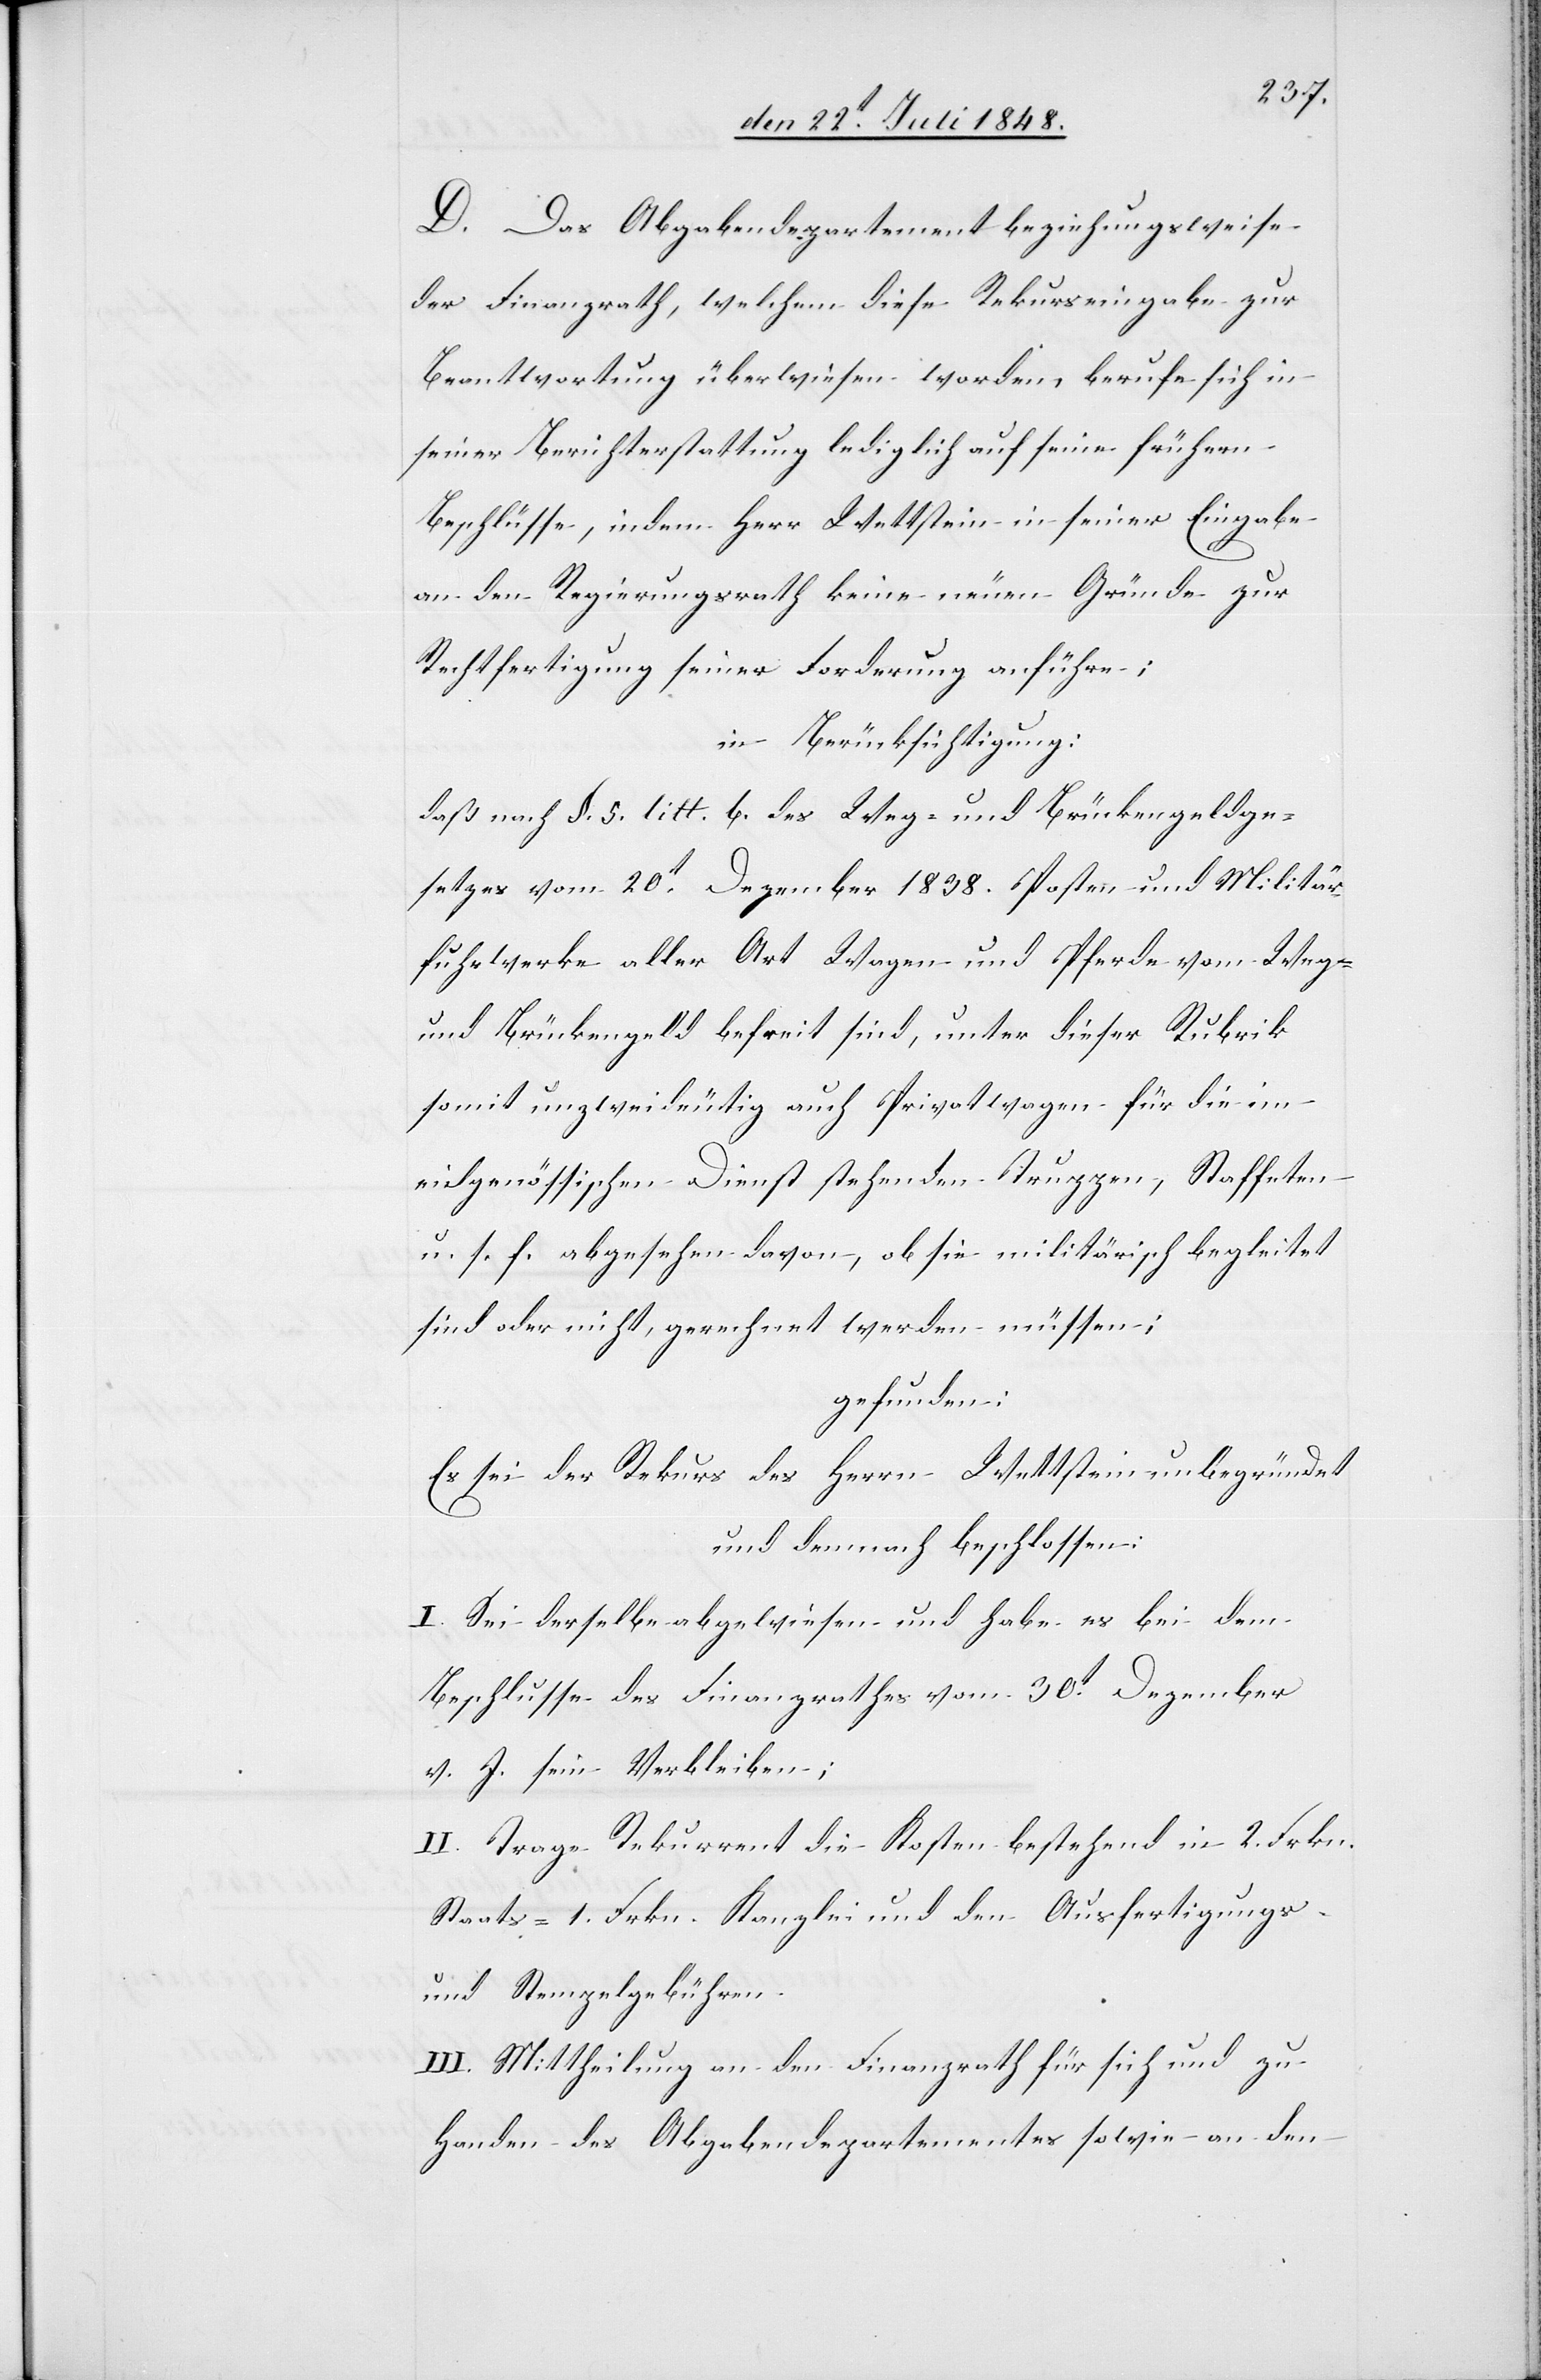
D. Das Abgabendepartement beziehungsweise
der Finanzrath, welchem diese Rekurseingabe zur
Beantwortung überwiesen worden, berufe sich in
seiner Berichterstattung lediglich auf seine frühern
Beschlüsse, indem Herr Wettstein in seiner Eingabe
an den Regierungsrath keine neuen Gründe zur
Rechtfertigung seiner Forderung anführe;
in Berücksichtigung:
daß nach §. 5. litt. b. des Weg- und Brückengeldge¬
setzes vom 20t Dezember 1838. Posten und Militär¬
fuhrwerke aller Art Wagen und Pferde von Weg-
und Brückengeld befreit sind, unter dieser Rubrik
somit unzweideutig auf Privatwagen für die im
eidgenössischen Dienst stehenden Truppen, Staffeten
u. s. f. abgesehen davon, ob sie militärisch begleitet
sind oder nicht, gerechnet werden müssen;
gefunden:
Es sei der Rekurs des Herrn Wettstein unbegründet
und demnach beschlossen:
I. Sei derselbe abgewiesen und habe es bei dem
Beschlusse des Finanzrathes vom 30t Dezember
v. J. sein Verbleiben;
II. Trage Rekurrent die Kosten bestehend in 2. Frkn.
Staats- 1. Frkn. Kanzlei- und den Ausfertigungs-
und Stempelgebühren.
III. Mittheilung an den Finanzrath für sich und zu
Handen des Abgabendepartementes sowie an den